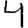
Digit: 4